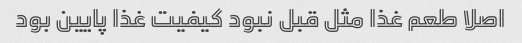
اصلا طعم غذا مثل قبل نبود کیفیت غذا پایین بود